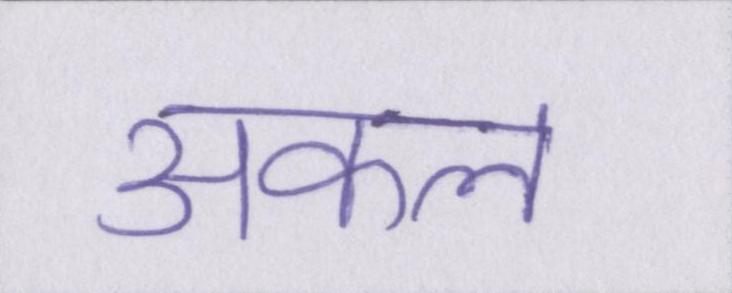
अकल